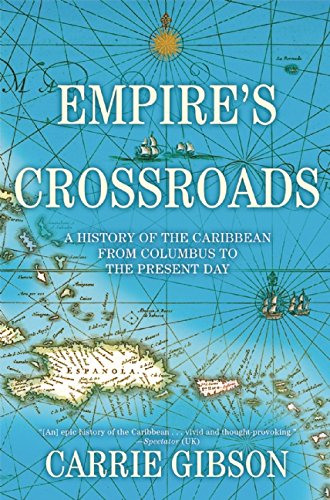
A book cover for Empire's Crossroads: A History of the Caribbean from Columbus to the Present Day; Carrie Gibson; History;